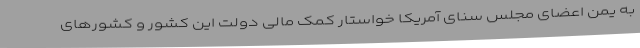
به یمن اعضای مجلس سنای آمریکا خواستار کمک مالی دولت این کشور و کشورهای